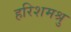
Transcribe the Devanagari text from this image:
हरिशमश्रु